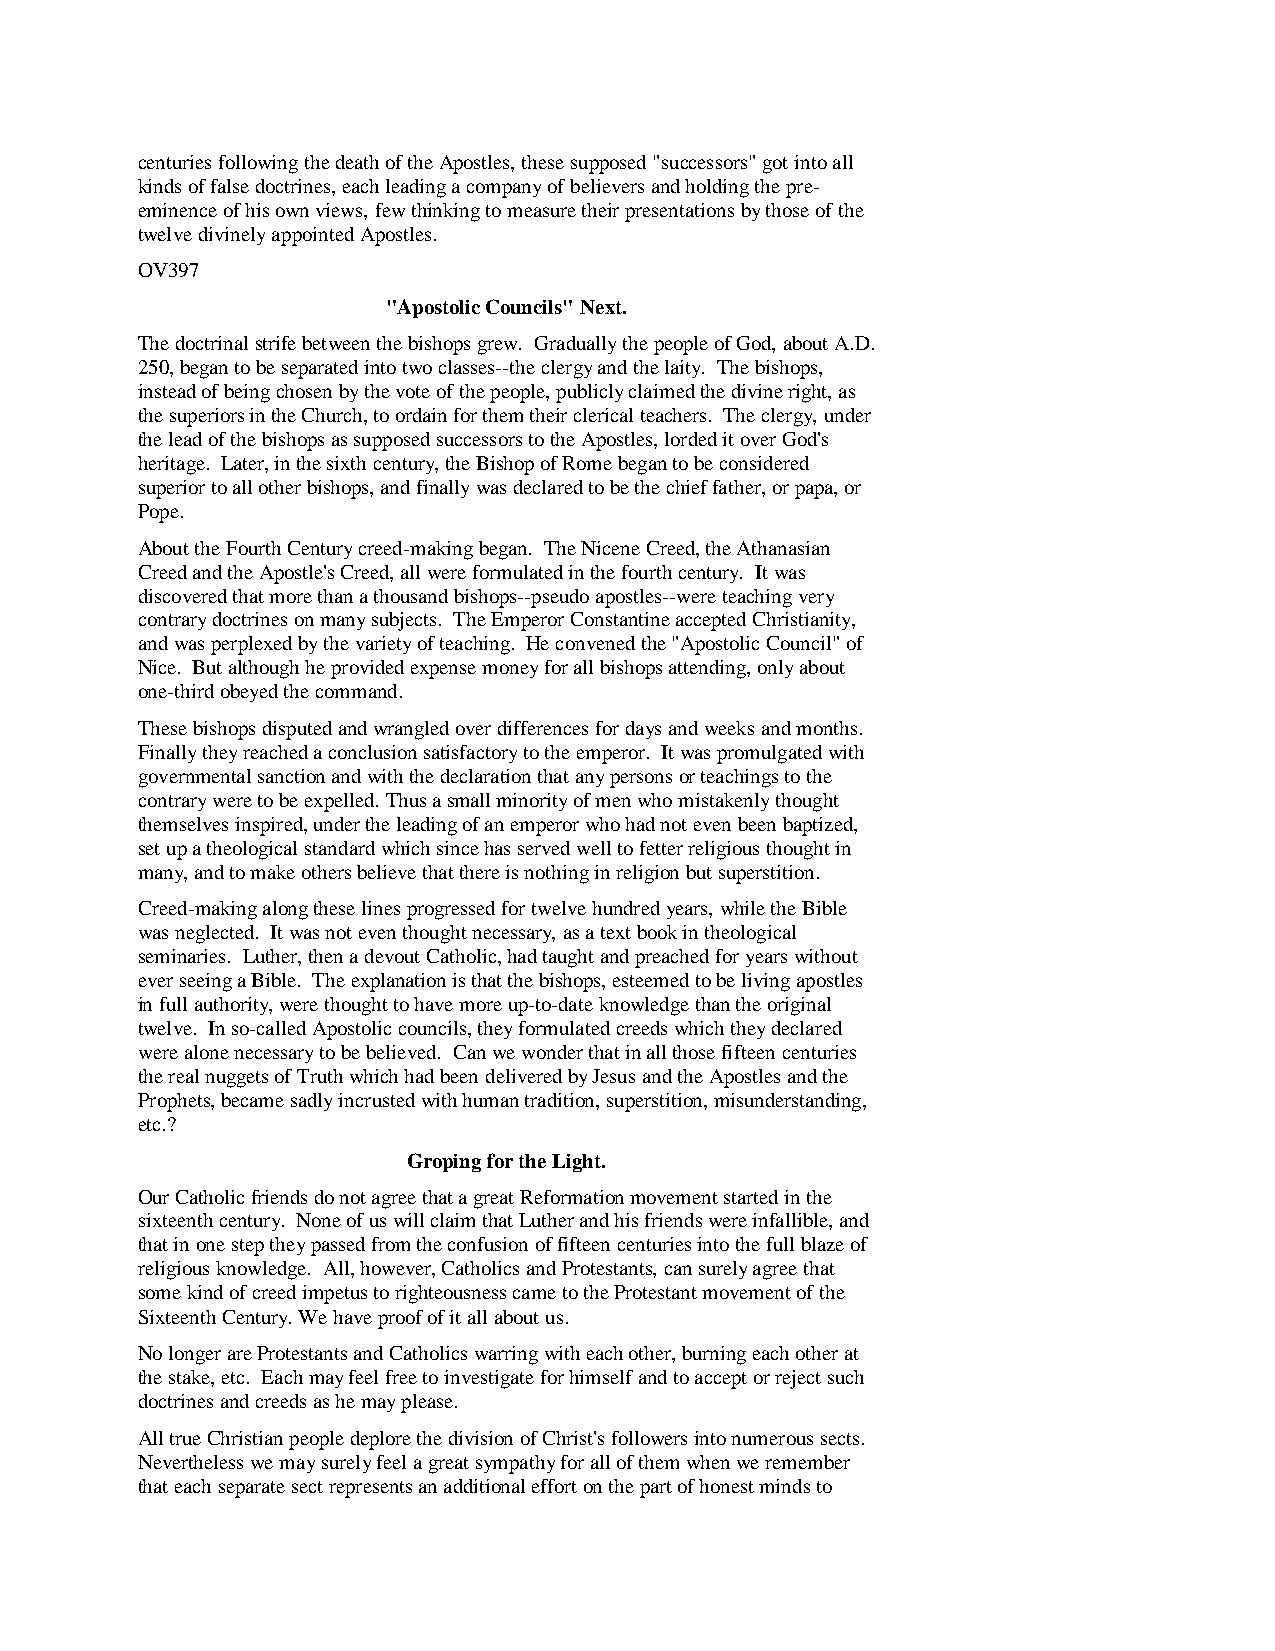
centuries following the death of the Apostles, these supposed "successors" got into all
 kinds of false doctrines, each leading a company of believers and holding the pre-
 eminence of his own views, few thinking to measure their presentations by those of the
 twelve divinely appointed Apostles.
 OV397
 "Apostolic Councils" Next.
 The doctrinal strife between the bishops grew. Gradually the people of God, about A.D.
 250, began to be separated into two classes--the clergy and the laity. The bishops,
 instead of being chosen by the vote of the people, publicly claimed the divine right, as
 the superiors in the Church, to ordain for them their clerical teachers. The clergy, under
 the lead of the bishops as supposed successors to the Apostles, lorded it over God's
 heritage. Later, in the sixth century, the Bishop of Rome began to be considered
 superior to all other bishops, and finally was declared to be the chief father, or papa, or
 Pope.
 About the Fourth Century creed-making began. The Nicene Creed, the Athanasian
 Creed and the Apostle's Creed, all were formulated in the fourth century. It was
 discovered that more than a thousand bishops--pseudo apostles--were teaching very
 contrary doctrines on many subjects. The Emperor Constantine accepted Christianity,
 and was perplexed by the variety of teaching. He convened the "Apostolic Council" of
 Nice. But although he provided expense money for all bishops attending, only about
 one-third obeyed the command.
 These bishops disputed and wrangled over differences for days and weeks and months.
 Finally they reached a conclusion satisfactory to the emperor. It was promulgated with
 governmental sanction and with the declaration that any persons or teachings to the
 contrary were to be expelled. Thus a small minority of men who mistakenly thought
 themselves inspired, under the leading of an emperor who had not even been baptized,
 set up a theological standard which since has served well to fetter religious thought in
 many, and to make others believe that there is nothing in religion but superstition.
 Creed-making along these lines progressed for twelve hundred years, while the Bible
 was neglected. It was not even thought necessary, as a text book in theological
 seminaries. Luther, then a devout Catholic, had taught and preached for years without
 ever seeing a Bible. The explanation is that the bishops, esteemed to be living apostles
 in full authority, were thought to have more up-to-date knowledge than the original
 twelve. In so-called Apostolic councils, they formulated creeds which they declared
 were alone necessary to be believed. Can we wonder that in all those fifteen centuries
 the real nuggets of Truth which had been delivered by Jesus and the Apostles and the
 Prophets, became sadly incrusted with human tradition, superstition, misunderstanding,
 etc.?
 Groping for the Light.
 Our Catholic friends do not agree that a great Reformation movement started in the
 sixteenth century. None of us will claim that Luther and his friends were infallible, and
 that in one step they passed from the confusion of fifteen centuries into the full blaze of
 religious knowledge. All, however, Catholics and Protestants, can surely agree that
 some kind of creed impetus to righteousness came to the Protestant movement of the
 Sixteenth Century. We have proof of it all about us.
 No longer are Protestants and Catholics warring with each other, burning each other at
 the stake, etc. Each may feel free to investigate for himself and to accept or reject such
 doctrines and creeds as he may please.
 All true Christian people deplore the division of Christ's followers into numerous sects.
 Nevertheless we may surely feel a great sympathy for all of them when we remember
 that each separate sect represents an additional effort on the part of honest minds to